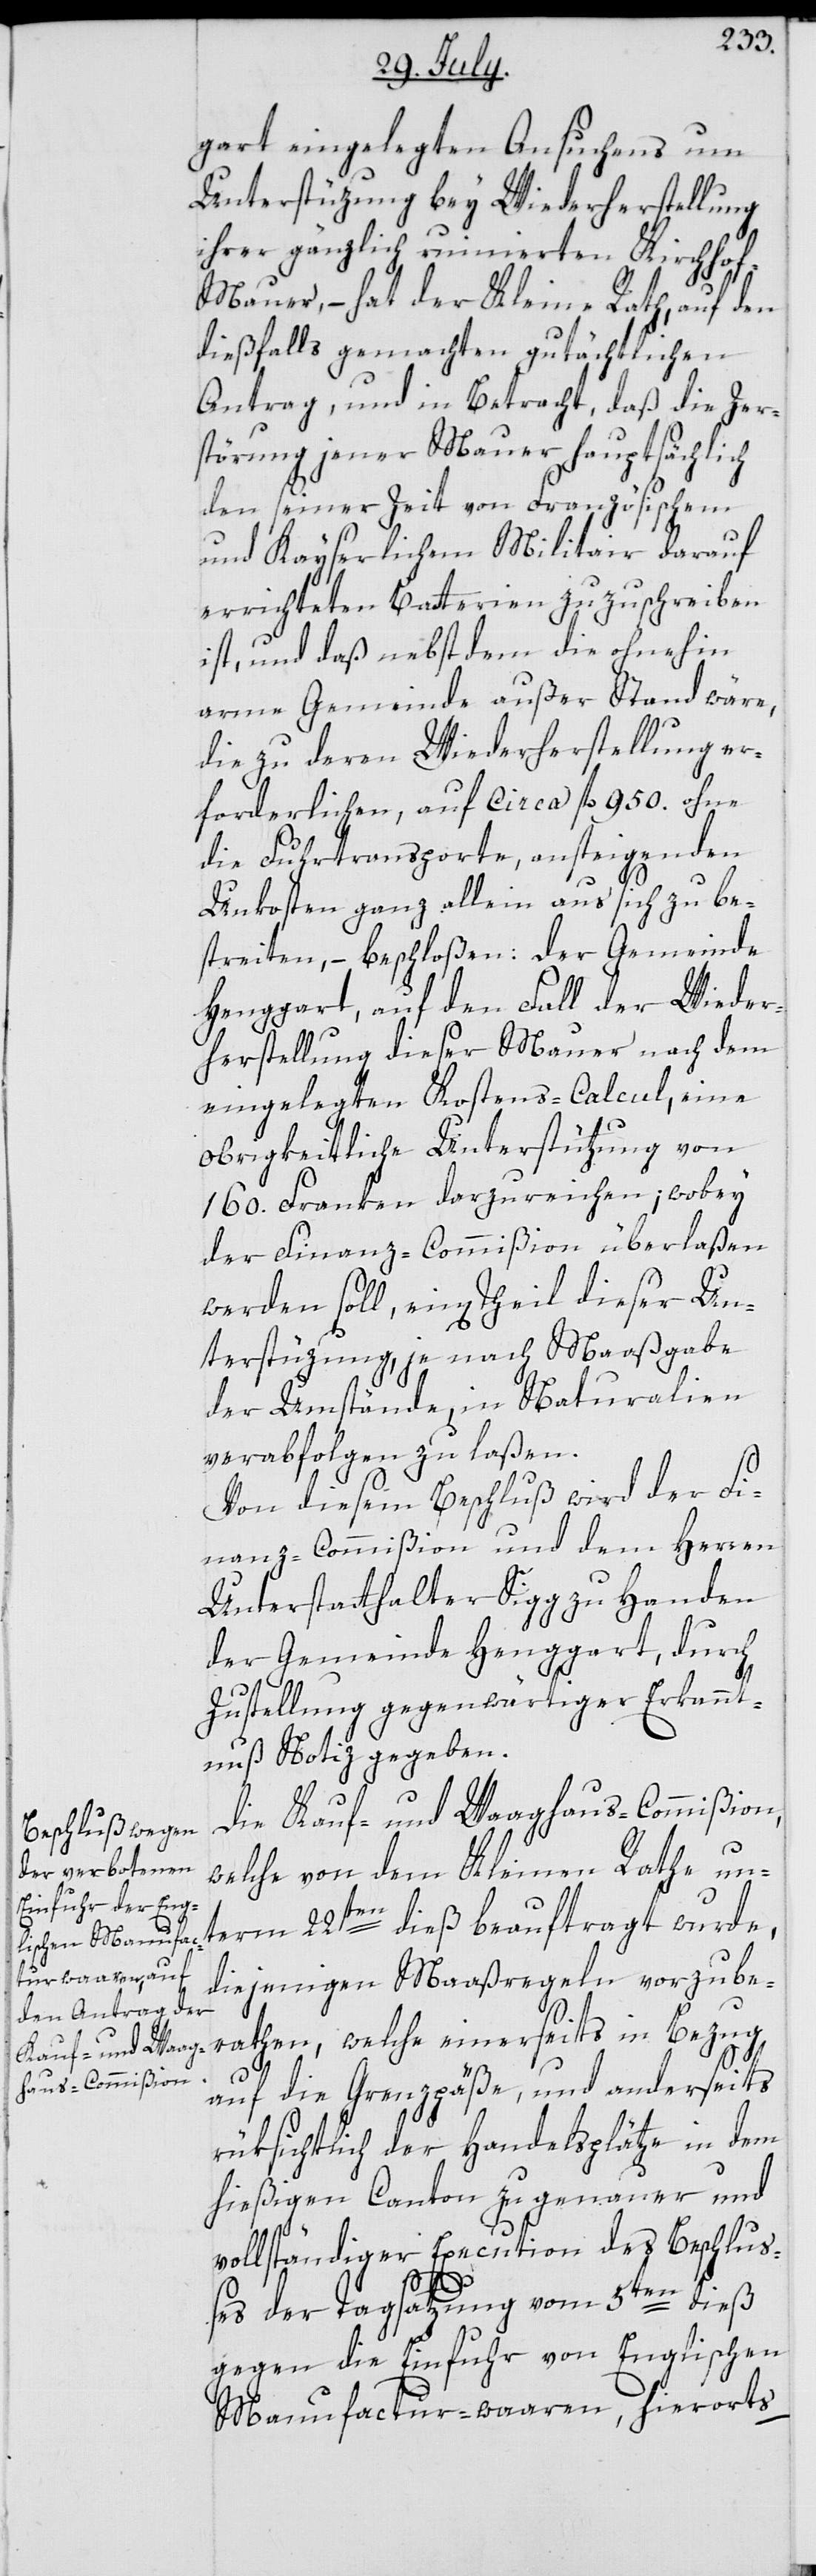
gart eingelegten Ansuchens um
Unterstüzung bey Wiederherstellung
ihrer gänzlich ruinierten Kirchho¬
f-Mauer, – hat der Kleine Rath, auf den
dießfalls gemachten gutächtlichen
Antrag, und in Betracht, daß die Zer¬
störung jener Mauer hauptsächlich
den seiner Zeit von Französischem
und Kayserlichem Militair darauf
errichteten Batterien zuzuschreiben
ist, und daß nebst dem die ohnehin
arme Gemeinde außer Stand wäre,
die zu deren Wiederherstellung er¬
forderlichen, auf circa fl. 950. ohne
die Fuhrtransporte, ansteigenden
Unkosten ganz allein aus sich zu be¬
streiten, – beschloßen: Der Gemeinde
Henggart, auf den Fall der Wieder¬
herstellung dieser Mauer nach dem
eingelegten Kostens-Calcul, eine
obrigkeitliche Unterstützung von
160. Franken darzureichen; wobey
der Finanz-Commißion überlaßen
werden soll, ein[en] Theil dieser Un¬
terstüzung, je nach Maaßgabe
der Umstände, in Naturalien
verabfolgen zu laßen.
Von diesem Beschluß wird der Fi¬
nanz-Commißion und dem Herren
Unterstatthalter Sigg zu Handen
der Gemeinde Henggart, durch
Zustellung gegenwärtiger Erkannt¬
nuß, Notiz gegeben.
Die Kauf- und Waaghaus-Commißion,
welche von dem Kleinen Rathe un¬
term 22sten dieß beauftragt wurde,
diejenigen Maaßregeln vorzube¬
rathen, welche einerseits in Bezug
auf die Grenzpäße und anderseits
rüksichtlich der Handelsplätze in dem
hießigen Canton zu genauer und
vollständiger Execution des Beschluß¬
es der Tagsatzung vom 5ten dieß,
gegen die Einfuhr von Englischen
Manufactur-waaren, hierorts